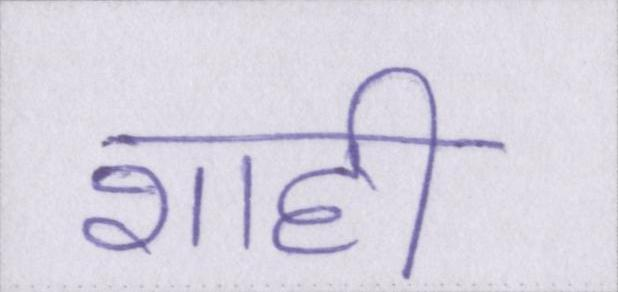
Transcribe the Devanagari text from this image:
शाही